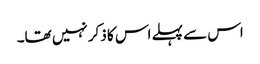
اس سے پہلے اس کا ذکر نہیں تھا۔